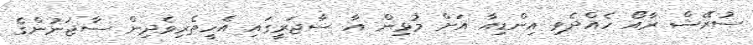
ސުރޭޝް ރާއޯ ހެއްދެވި އިންޑިއާ އަށް މުޅިން އާ ސާޖަރީގައި އެހީތެރިވެދިން ސާޖަނުންގެ